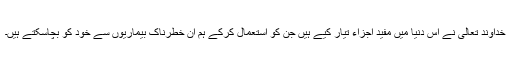
خداوند تعالیٰ نے اس دنیا میں مفید اجزاء تیار کیے ہیں جن کو استعمال کرکے ہم ان خطرناک بیماریوں سے خود کو بچاسکتے ہیں۔